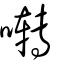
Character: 囀